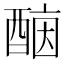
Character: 𨡤